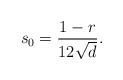
LaTeX: \begin{align*} s_0 = \frac{1-r}{12\sqrt{d}}. \end{align*}